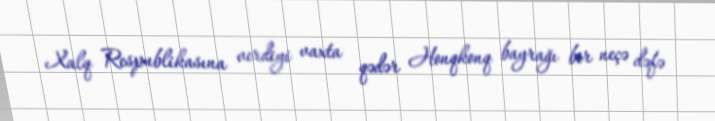
Xalq Respublikasına verdiyi vaxta qədər Honqkonq bayrağı bir neçə dəfə